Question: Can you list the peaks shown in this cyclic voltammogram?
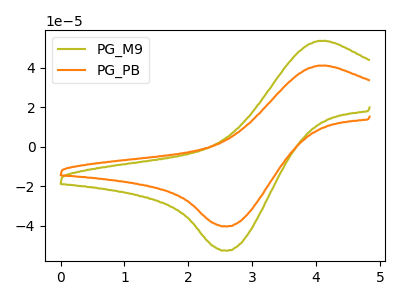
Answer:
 <answer>The olive curve "PG_M9" has an anodic peak at (4.05V, 53.55uA) and a cathodic peak at (2.60V, -52.50uA). The orange curve "PG_PB" has an anodic peak at (4.05V, 41.05uA) and a cathodic peak at (2.60V, -40.25uA).</answer>
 <eval></eval>